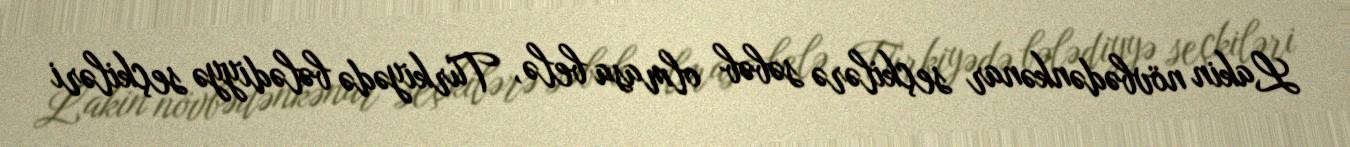
Lakin növbədənkənar seçkilərə səbəb olmasa belə, Türkiyədə bələdiyyə seçkiləri